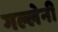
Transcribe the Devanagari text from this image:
गल्लेनी